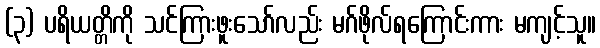
(၃) ပရိယတ္တိကို သင်ကြားဖူးသော်လည်း မဂ်ဖိုလ်ရကြောင်းကား မကျင့်သူ။